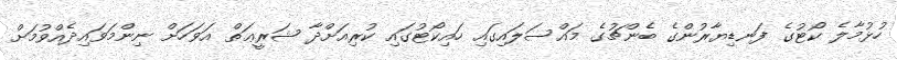
ހުޅުމާލެ ކޯޓުގެ ފަނޑިޔާރުންގެ ބެންޗުގެ މައްސަލައިގައި ހައިކޯޓުގައި ކުރިއަށްދާ ޝަރީޢަތް އަވަހަށް ނިންމަވައިދެއްވުމަށް